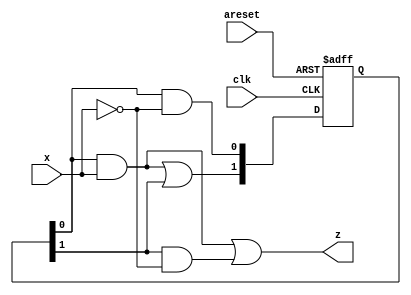
/*

Copyright 2022 Marc Ketel
SPDX-License-Identifier: Apache-2.0

*/

`default_nettype none

module top_module (
    input  wire clk,
    input  wire areset,
    input  wire x,
    output wire z
);

  parameter STATE_A = 1'b0;
  parameter STATE_B = 1'b1;

  reg  [1:0] state;
  wire [1:0] next_state;

  //Determine next state.
  assign next_state[STATE_A] = state[STATE_A] & ~x;
  assign next_state[STATE_B] = state[STATE_A] & x | state[STATE_B];

  //State transition.
  always @(posedge clk, posedge areset) begin
    if (areset) state <= (1'b1 << STATE_A);
    else if (clk) state <= next_state;
  end

  //Determine output.
  assign z = state[STATE_A] & x | state[STATE_B] & ~x;
endmodule